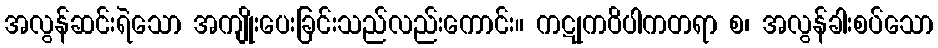
အလွန်ဆင်းရဲသော အကျိုးပေးခြင်းသည်လည်းကောင်း။ ကဋုကဝိပါကတရာ စ၊ အလွန်ခါးစပ်သော